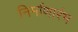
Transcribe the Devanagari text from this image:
निर्माणारंभ